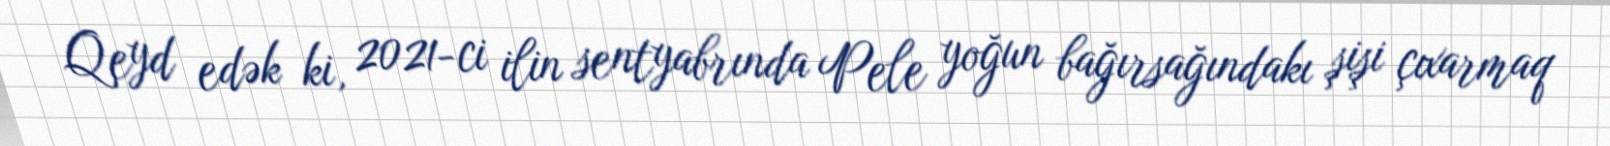
Qeyd edək ki, 2021-ci ilin sentyabrında Pele yoğun bağırsağındakı şişi çıxarmaq